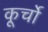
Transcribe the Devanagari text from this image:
कूर्चो